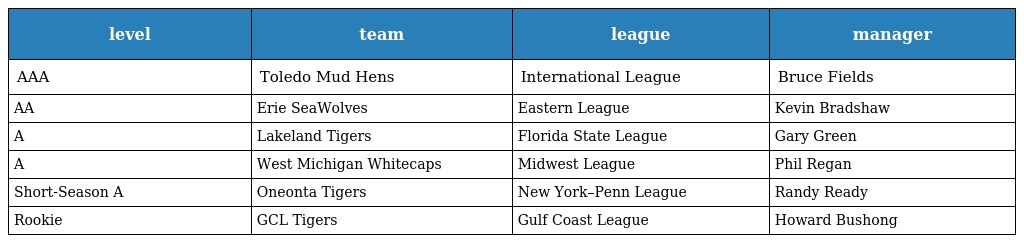
| level | team | league | manager |
 | --- | --- | --- | --- |
 | AAA | Toledo Mud Hens | International League | Bruce Fields |
 | AA | Erie SeaWolves | Eastern League | Kevin Bradshaw |
 | A | Lakeland Tigers | Florida State League | Gary Green |
 | A | West Michigan Whitecaps | Midwest League | Phil Regan |
 | Short-Season A | Oneonta Tigers | New York–Penn League | Randy Ready |
 | Rookie | GCL Tigers | Gulf Coast League | Howard Bushong |